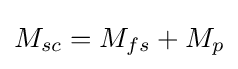
M_{sc}=M_{fs}+M_{p}